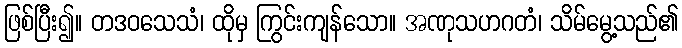
ဖြစ်ပြီး၍။ တဒဝသေသံ၊ ထိုမှ ကြွင်းကျန်သော။ အဏုသဟဂတံ၊ သိမ်မွေ့သည်၏